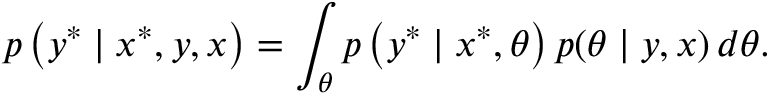
p \left( y ^ { * } \mid x ^ { * } , \boldsymbol { y } , \boldsymbol { x } \right) = \int _ { \boldsymbol { \theta } } p \left( y ^ { * } \mid x ^ { * } , \boldsymbol { \theta } \right) p ( \boldsymbol { \theta } \mid \boldsymbol { y } , \boldsymbol { x } ) \, d \boldsymbol { \theta } .